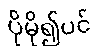
ပိုမို၍ပင်